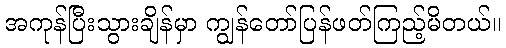
အကုန်ပြီးသွားချိန်မှာ ကျွန်တော်ပြန်ဖတ်ကြည့်မိတယ်။